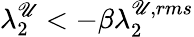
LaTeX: \lambda_{2}^{\mathscr{U}}<-\beta\lambda_{2}^{\mathscr{U},rms}